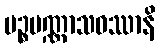
ပဉ္စပဏ္ဏာသဝဿာနိ